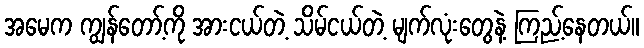
အမေက ကျွန်တော့်ကို အားငယ်တဲ့ သိမ်ငယ်တဲ့ မျက်လုံးတွေနဲ့ ကြည့်နေတယ်။